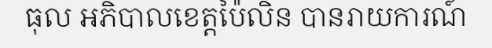
ធុល អភិបាលខេត្តប៉ៃលិន បានរាយការណ៍